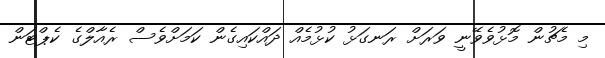
މި މެޗުން މޮޅުވެވޭނީ ވަރަށް ރަނގަޅު ކުޅުމެއް ދައްކައިގެން ކަމަށްވެސް ރެއާލްގެ ކެޕްޓަން